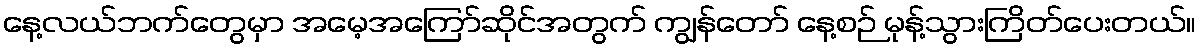
နေ့လယ်ဘက်တွေမှာ အမေ့အကြော်ဆိုင်အတွက် ကျွန်တော် နေ့စဉ် မုန့်သွားကြိတ်ပေးတယ်။